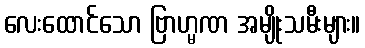
လေးထောင်သော ဗြာဟ္မဏ အမျိုးသမီးများ။